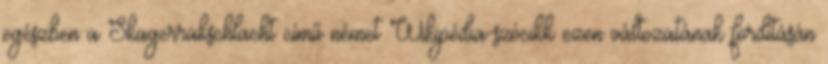
egészben a Skagerrakschlacht című német Wikipédia-szócikk ezen változatának fordításán